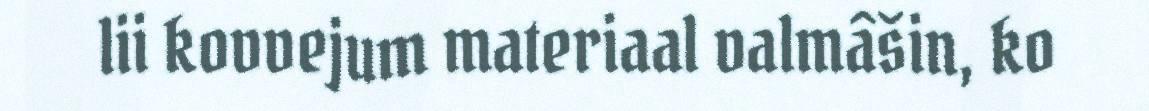
lii kovvejum materiaal valmâšin, ko